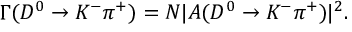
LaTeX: \Gamma ( D ^ { 0 } \rightarrow K ^ { - } \pi ^ { + } ) = N | { \cal A } ( D ^ { 0 } \rightarrow K ^ { - } \pi ^ { + } ) | ^ { 2 } .